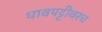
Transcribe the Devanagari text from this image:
धावपट्टीवरच